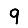
Digit: 9